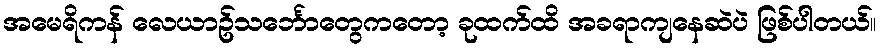
အမေရိကန် လေယာဥ်သင်္ဘောတွေကတော့ ခုထက်ထိ အခရာကျနေဆဲပဲ ဖြစ်ပါတယ်။